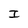
Character: I